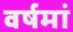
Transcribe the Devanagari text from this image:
वर्षमां